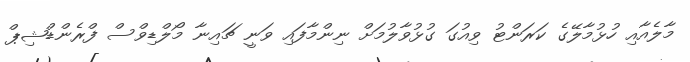
މާލެއާއި ހުޅުމާލޭގެ ކަރަންޓު ވިއުގަ ގުޅުވާލުމަށް ނިންމާފައި ވަނީ ޗައިނާ މޯލްޑިވްސް ފްރެންޑްޝިޕް